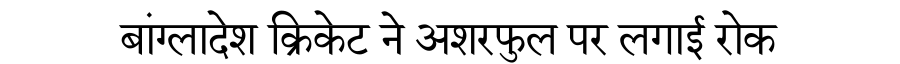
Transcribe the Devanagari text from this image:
बांग्लादेश क्रिकेट ने अशरफुल पर लगाई रोक